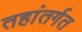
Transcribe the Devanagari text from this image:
तहांतर्गत